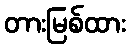
တားမြစ်ထား